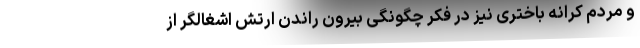
و مردم کرانه باختری نیز در فکر چگونگی بیرون راندن ارتش اشغالگر از